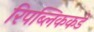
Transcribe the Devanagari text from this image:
रिपब्लिककडे